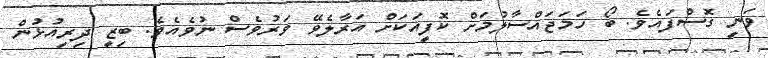
ވަނީ ގޮސްފައެވެ. ބޯ ހަމަޖައްސާލުމަށް ކޮފީއަކަށް އަރާލެވޭ ވަރުވެސް ނުވެއެވެ. ބިޒީ ދިރިއުޅުން